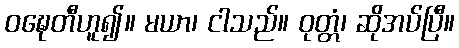
ဝဍ္ဎေတီဟူ၍။ မယာ၊ ငါသည်။ ဝုတ္တံ၊ ဆိုအပ်ပြီ။